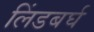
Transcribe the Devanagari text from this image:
लिंडबर्घ